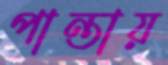
পান্তায়